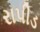
રાપીડ